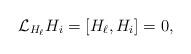
LaTeX: \begin{align*} \mathcal{L}_{H_\ell} H_i = [H_\ell, H_i] = 0,\end{align*}